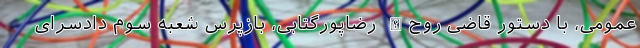
عمومی، با دستور قاضی روح‌الله رضاپورگتابی، بازپرس شعبه سوم دادسرای